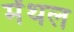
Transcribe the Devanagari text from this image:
मेंथल